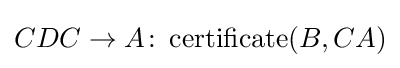
CDC\to A\colon \operatorname {certificate} (B,CA)